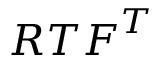
{ \boldsymbol { R } } { \boldsymbol { T } } { \boldsymbol { F } } ^ { T }